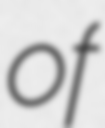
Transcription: of